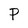
Character: P